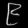
Digit: ၉